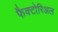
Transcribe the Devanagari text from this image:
फैक्टोरिअल